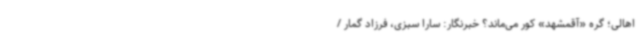
اهالی؛ گره «آقمشهد» کور می‌ماند؟ خبرنگار: سارا سبزی، فرزاد گمار /